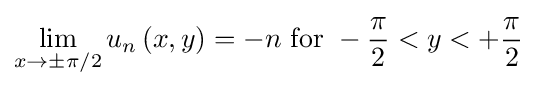
\lim _{x\to \pm \pi /2}u_{n}\left(x,y\right)=-n{\text{ for }}-{\frac {\pi }{2}}<y<+{\frac {\pi }{2}}